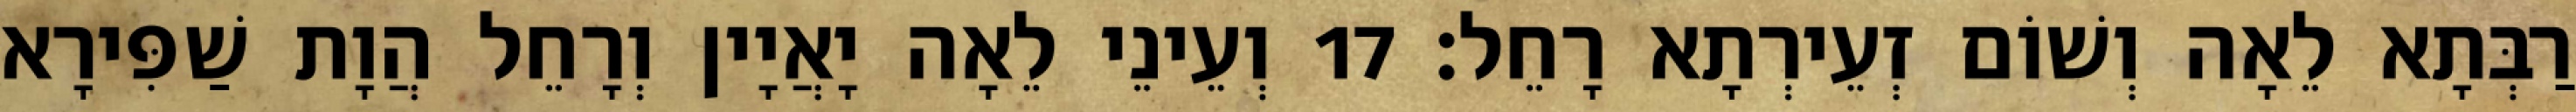
רַבְּתָא לֵאָה וְשׁוֹם זְעֵירְתָא רָחֵל׃ 17 וְעֵינֵי לֵאָה יָאֲיָין וְרָחֵל הֲוָת שַׁפִּירָא